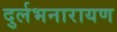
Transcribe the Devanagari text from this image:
दुर्लभनारायण